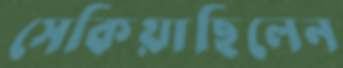
সেকিয়াছিলেন